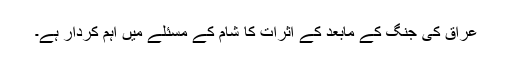
عراق کی جنگ کے مابعد کے اثرات کا شام کے مسئلے میں اہم کردار ہے۔